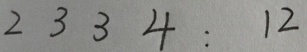
2 3 3 4 : 1 2